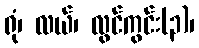
ရုံ၊ လယ်၊ လွင်ကွင်း(၃)၊